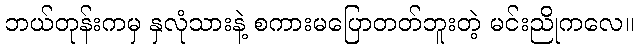
ဘယ်တုန်းကမှ နှလုံသားနဲ့ စကားမပြောတတ်ဘူးတဲ့ မင်းညိုကလေ။